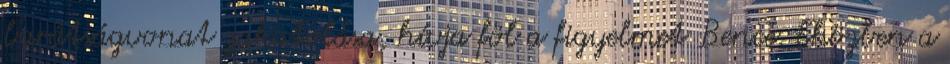
barátságvonat zakatolása, hívja föl a figyelmet Bence. Eközben a